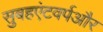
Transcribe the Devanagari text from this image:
सुबहएंटवर्पऔर